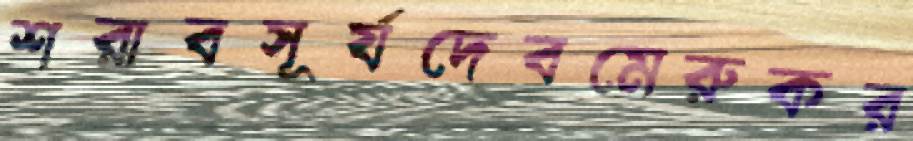
শরাবসূর্যদেবমেরুকর